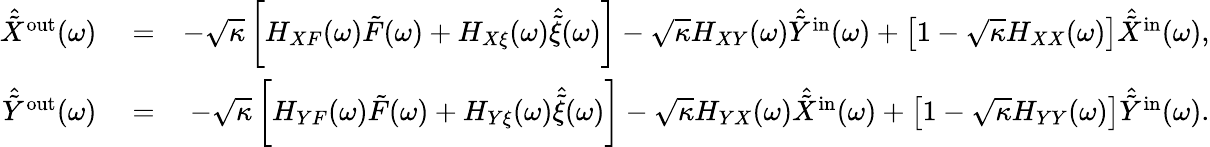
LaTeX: \begin{array}{rlr}{\hat{\tilde{X}}^{\mathrm{out}}(\omega)}&{{}=}&{-\sqrt{\kappa}\left[H_{XF}(\omega)\tilde{F}(\omega)+H_{X\xi}(\omega)\hat{\tilde{\xi}}(\omega)\right]-\sqrt{\kappa}H_{XY}(\omega)\hat{\tilde{Y}}^{\mathrm{in}}(\omega)+\left[1-\sqrt{\kappa}H_{XX}(\omega)\right]\hat{\tilde{X}}^{\mathrm{in}}(\omega),}\\ {\hat{\tilde{Y}}^{\mathrm{out}}(\omega)}&{{}=}&{-\sqrt{\kappa}\left[H_{YF}(\omega)\tilde{F}(\omega)+H_{Y\xi}(\omega)\hat{\tilde{\xi}}(\omega)\right]-\sqrt{\kappa}H_{YX}(\omega)\hat{\tilde{X}}^{\mathrm{in}}(\omega)+\left[1-\sqrt{\kappa}H_{YY}(\omega)\right]\hat{\tilde{Y}}^{\mathrm{in}}(\omega).}\end{array}